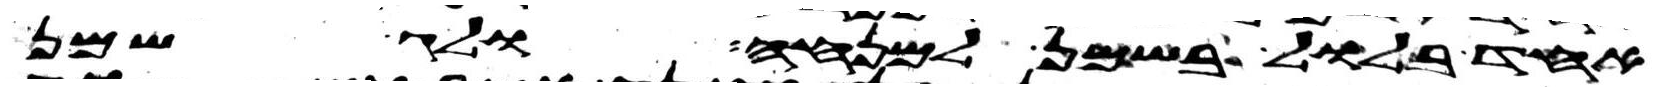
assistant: אחד בלול בשמן למנחה ולג שמן